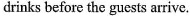
drinks before the guests arrive.